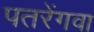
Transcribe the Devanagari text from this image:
पतरेंगवा